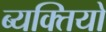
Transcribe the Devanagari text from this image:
ब्यक्तियो